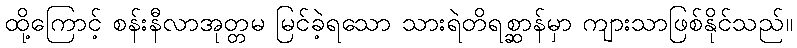
ထို့ကြောင့် စန်းနီလာအုတ္တမ မြင်ခဲ့ရသော သားရဲတိရစ္ဆာန်မှာ ကျားသာဖြစ်နိုင်သည်။